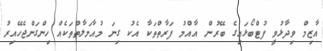
އާޒިމް ވިދާޅުވީ ފުޓްބޯޅައިގެ ބޭރުން އާއްމު ފަރާތްތަކާ އެކު ގިނަ މުއާމަލާތްތަކެއް ހިންގަންޖެހޭއިރު